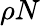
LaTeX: \rho N